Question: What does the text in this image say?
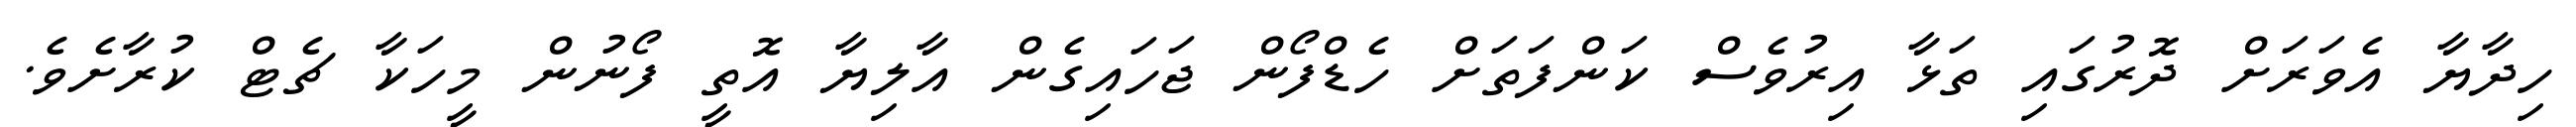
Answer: ހިދާޔާ އެވަރަށް ދޮރުގައި ތަޅާ އިރުވެސް ކަންފަތަށް ހެޑްފޯން ޖަހައިގެން އާލިޔާ އޮތީ ފޯނުން މީހަކާ ޗެޓް ކުރާށެވެ.